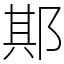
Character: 𨛺